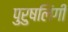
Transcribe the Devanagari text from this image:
पुरुषलिंगी